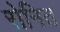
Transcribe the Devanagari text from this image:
रोनित